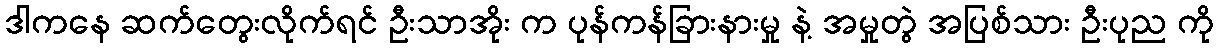
ဒါကနေ ဆက်တွေးလိုက်ရင် ဦးသာအိုး က ပုန်ကန်ခြားနားမှု နဲ့ အမှုတွဲ အပြစ်သား ဦးပုည ကို